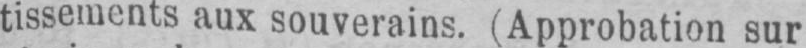
tissements aux souverains. (Approbation sur